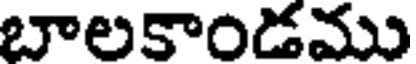
బాలకాండము